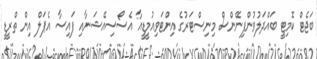
ބަޖެޓް ކޮމިޓީ ބައްދަލުވުންފިނޭންސް މިނިސްޓަރުގެ އިންޓަވިއުމީޑީއާ އެސޯސިއޭޝަނާއި ފައިސާ އެޕަލް އިން ތްރީޑީ